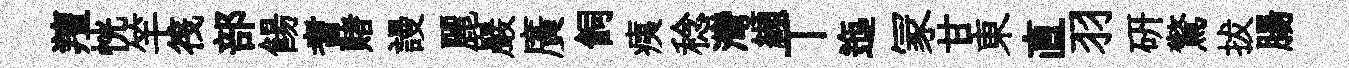
羶恍竿筏部餳耆赌謾麗巖廣飼痍稔灣纈丅迤冡甘東直羽研驚拔腸